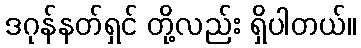
ဒဂုန်နတ်ရှင် တို့လည်း ရှိပါတယ်။